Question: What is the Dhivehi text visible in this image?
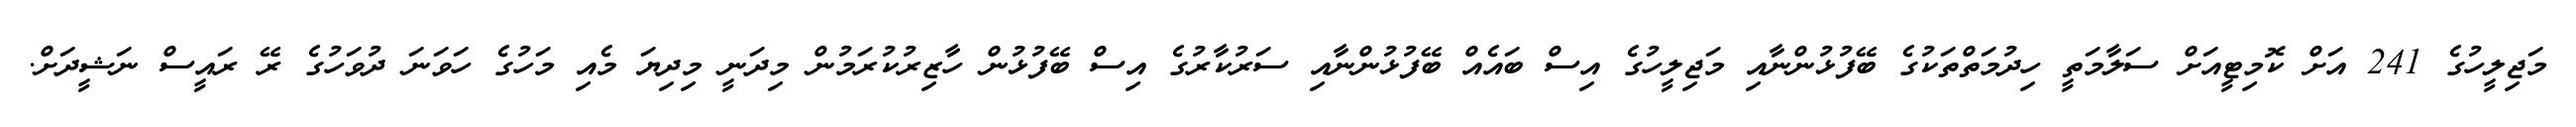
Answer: މަޖިލީހުގެ 241 އަށް ކޮމިޓީއަށް ސަލާމަތީ ހިދުމަތްތަކުގެ ބޭފުޅުންނާއި މަޖިލީހުގެ އިސް ބައެއް ބޭފުޅުންނާއި ސަރުކާރުގެ އިސް ބޭފުޅުން ހާޒިރުކުރަމުން މިދަނީ މިދިޔަ މެއި މަހުގެ ހަވަނަ ދުވަހުގެ ރޭ ރައީސް ނަޝީދަށް.